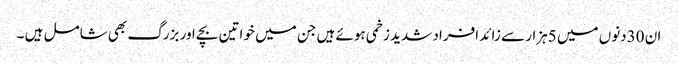
ان 30دنوں میں 5ہزار سے زائد افراد شدید زخمی ہوئے ہیں جن میں خواتین بچے اور بزرگ بھی شامل ہیں ۔